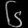
Digit: ၆